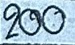
200